Scottish Leaving Certificate Examination, 1953
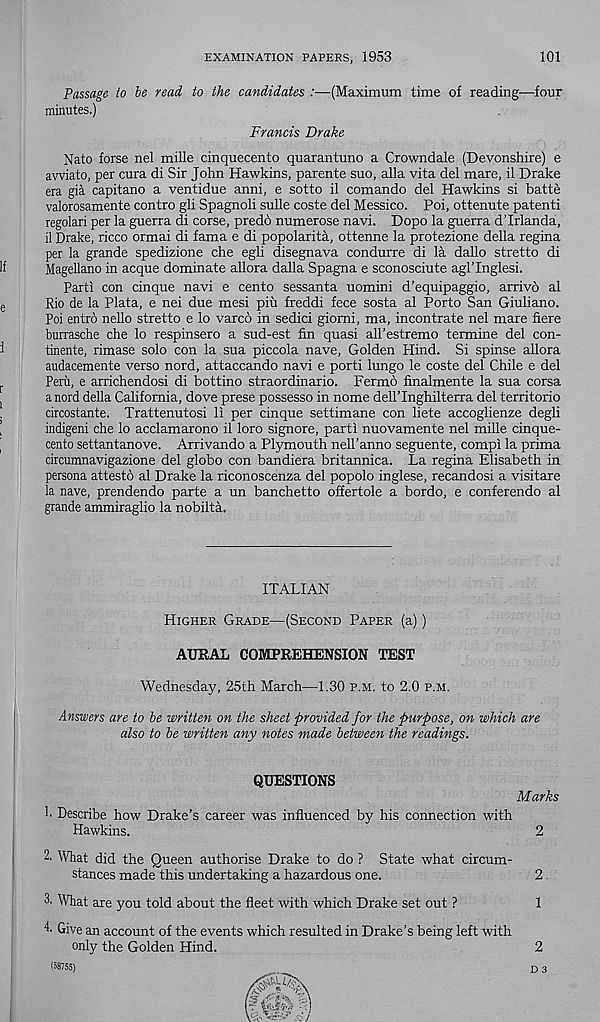
EXAMINATION PAPERS, 1953
101
Passage to be read to the candidates :—(Maximum time of reading—four
minutes.)
Francis Drake
Nato forse nel mille cinquecento quarantuno a Crowndale (Devonshire) e
avviato, per cura di Sir John Hawkins, parente suo, alia vita del mare, il Drake
era gia capitano a ventidue anni, e sotto il comando del Hawkins si batte
valorosamente contro gli Spagnoli sulle coste del Messico. Poi, ottenute patent!
regolari per la guerra di corse, predo numerose navi. Dopo la guerra d’lrlanda,
il Drake, ricco ormai di fama e di popolarita, ottenne la protezione della regina
per la grande spedizione che egli disegnava condurre di la dallo stretto di
Magellano in acque dominate allora dalla Spagna e sconosciute agl’Inglesi.
Parti con cinque navi e cento sessanta uomini d’equipaggio, arrivo al
Rio de la Plata, e nei due mesi piu freddi fece sosta al Porto San Giuliano.
Poi entro nello stretto e lo varco in sedici giomi, ma, incontrate nel mare here
burrasche che lo respinsero a sud-est fin quasi all’estremo termine del con-
tinente, rimase solo con la sua piccola nave, Golden Hind. Si spinse allora
audacemente verso nord, attaccando navi e porti lungo le coste del Chile e del
Peru, e arrichendosi di bottino straordinario. Fermo finalmente la sua corsa
a nord della California, dove prese possess© in nome dell’Inghilterra del territorio
circostante. Trattenutosi li per cinque settimane con liete accoglienze degli
indigeni che lo acclamarono il loro signore, parti nuovamente nel mille cinque-
cento settantanove. Arrivando a Plymouth nell’anno seguente, compi la prima
circumnavigazione del globo con bandiera britannica. La regina Elisabeth in
persona attest© al Drake la riconoscenza del popolo inglese, recandosi a visitare
la nave, prendendo parte a un banchetto offertole a bordo, e conferendo al
grande ammiraglio la nobilta.
ITALIAN
Higher Grade—(Second Paper (a))
AURAL COMPREHENSION TEST
Wednesday, 25th March—1.30 p.m. to 2.0 p.m.
Answers are to be written on the sheet provided for the purpose, on which are
also to be written any notes made between the readings.
QUESTIONS
Marks
1. Describe how Drake’s career was influenced by his connection with
Hawkins.
2
2. What did the Queen authorise Drake to do ? State what circum-
stances made this undertaking a hazardous one.
2
3. What are you told about the fleet with which Drake set out ?
1
k Give an account of the events which resulted in Drake’s being left with
only the Golden Hind.
2
(58755)
D 3